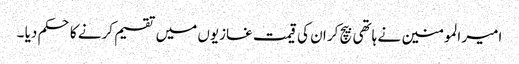
امیر المومنین نے ہاتھی بیچ کر ان کی قیمت غازیوں میں تقسیم کرنے کا حکم دیا ۔